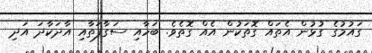
ގައުމުގެ ގުޅުން އެތައް ގޮތަކުން އެއް ގޮތެވެ. ބަހާއި ސަގާފަތާއި އާދަކާދަ އަދި